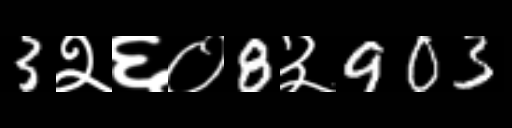
Text: 3२६०8३903